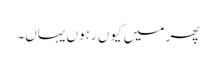
پھر میں کیوں رہوں یہاں۔